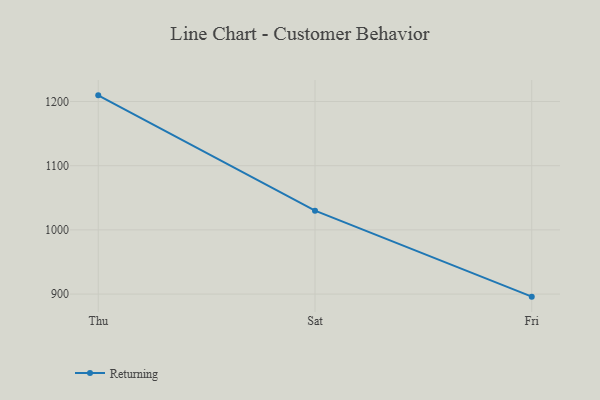
{"axis": {"x": "Day", "y": "Conversion Rate (%)"}, "legend": ["Returning"], "data": [{"x": "Thu", "y": 1209.6, "type": "Returning"}, {"x": "Sat", "y": 1029.9, "type": "Returning"}, {"x": "Fri", "y": 896.0, "type": "Returning"}]}